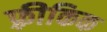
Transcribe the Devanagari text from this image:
फ़्रीकिक